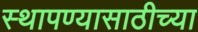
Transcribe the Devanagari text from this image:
स्थापण्यासाठीच्या